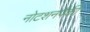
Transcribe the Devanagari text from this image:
नोटशनपैकी